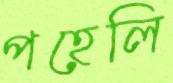
পহেলি